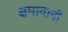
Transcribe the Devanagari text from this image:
क्षमावानी